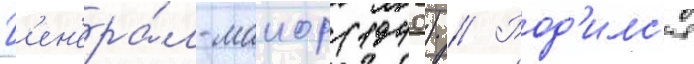
Г'ен'ера́л-маиор (1940) // Род'илс'я